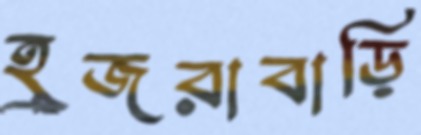
হুজরাবাড়ি